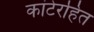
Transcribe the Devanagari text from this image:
कांटेरहित